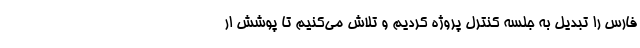
فارس را تبدیل به جلسه کنترل پروژه کردیم و تلاش می‌کنیم تا پوشش ار